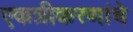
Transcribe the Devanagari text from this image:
एकत्रीकरणांचे